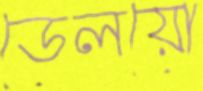
ডেলয়ো